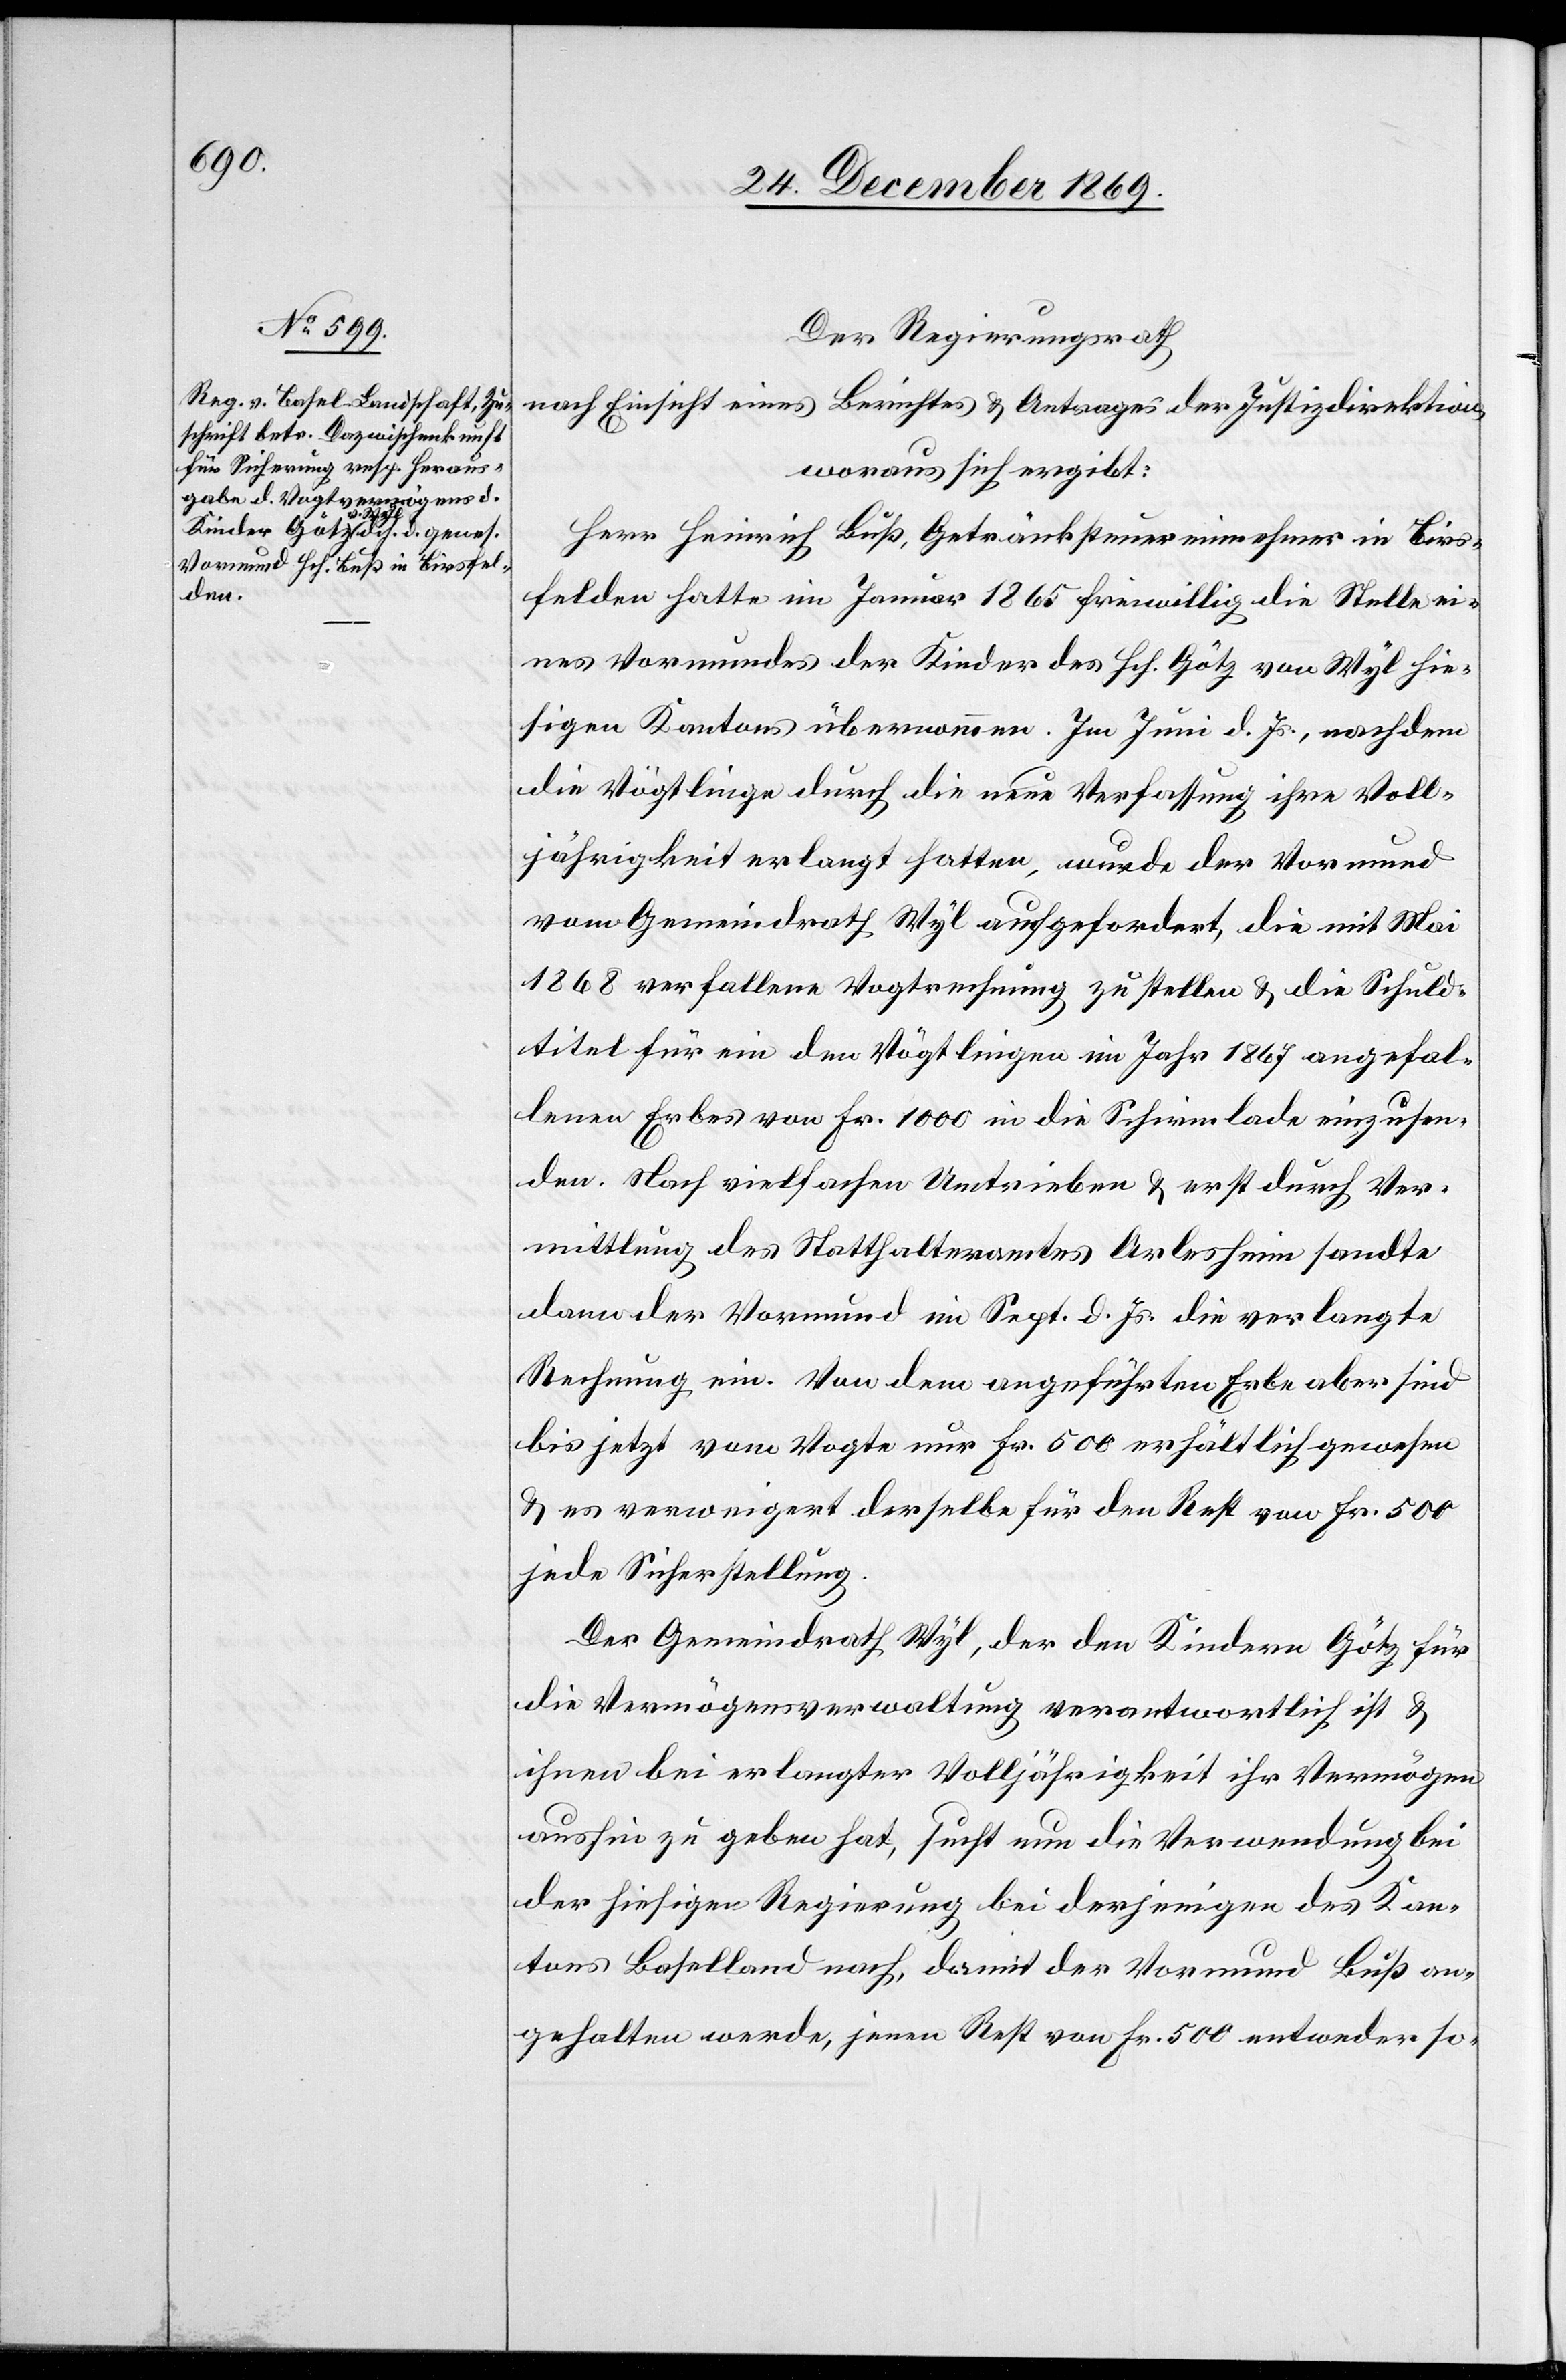
Der Regierungsrath
nach Einsicht eines Berichtes & Antrages der Justizdirektion,
woraus sich ergibt:
Herr Heinrich Buß, Getränksteuereinnehmer in Birs¬
felden hatte im Januar 1865 freiwillig die Stelle ei¬
nes Vormundes der Kinder des Hch. Götz von Wyl hie¬
sigen Kantons übernommen. Im Juni d. Js., nachdem
die Vögtlinge durch die neue Verfassung ihre Voll¬
jährigkeit erlangt hatten, wurde der Vormund
vom Gemeindrath Wyl aufgefordert, die mit Mai
1868 verfallene Vogtrechnung zu stellen & die Schuld¬
titel für ein den Vögtlingen im Jahr 1867 angefal¬
lenen Erbes von Fr. 1000 in die Schirmlade einzusen¬
den. Nach vielfachen Umtrieben & erst durch Ver¬
mittlung des Statthalteramtes Arlesheim sandte
dann der Vormund im Sept. d. Js. die verlangte
Rechnung ein. Von dem angeführten Erbe aber sind
bis jetzt vom Vogte nur Fr. 500 erhältlich gewesen
& es verweigert derselbe für den Rest von Fr. 500
jede Sicherstellung.
Der Gemeindrath Wyl, der den Kindern Götz für
die Vermögensverwaltung verantwortlich ist &
ihnen bei erlangter Volljährigkeit ihr Vermögen
aushin zu geben hat, sucht nun die Verwendung bei
der hiesigen Regierung bei derjenigen des Kan¬
tons Baselland nach, damit der Vormund Buß an¬
gehalten werde, jenen Rest von Fr. 500 entweder so-